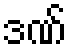
ဒဏ်